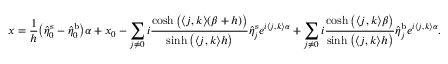
x = \frac { 1 } { h } \big ( \hat { \eta } _ { \boldsymbol 0 } ^ { \mathrm { s } } - \hat { \eta } _ { \boldsymbol 0 } ^ { \mathrm { b } } \big ) \alpha + x _ { 0 } - \sum _ { \boldsymbol j \neq \boldsymbol 0 } i \frac { \cosh \big ( \langle \boldsymbol j , \boldsymbol k \rangle ( \beta + h ) \big ) } { \sinh \big ( \langle \boldsymbol j , \boldsymbol k \rangle h \big ) } \hat { \eta } _ { \boldsymbol j } ^ { \mathrm { s } } e ^ { i \langle \boldsymbol j , \boldsymbol k \rangle \alpha } + \sum _ { \boldsymbol j \neq \boldsymbol 0 } i \frac { \cosh \big ( \langle \boldsymbol j , \boldsymbol k \rangle \beta \big ) } { \sinh \big ( \langle \boldsymbol j , \boldsymbol k \rangle h \big ) } \hat { \eta } _ { \boldsymbol j } ^ { \mathrm { b } } e ^ { i \langle \boldsymbol j , \boldsymbol k \rangle \alpha } .